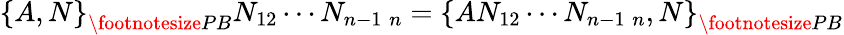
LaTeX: \left\{ A,N\right\} _{{\footnotesize PB}}N_{12}\cdots N_{n-1\; n}=\left\{ AN_{12}\cdots N_{n-1\; n},N\right\} _{{\footnotesize PB}}